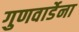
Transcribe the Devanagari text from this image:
गुणवार्डेना